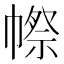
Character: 㡜